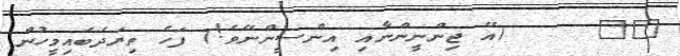
٣٢     (އޭ ޖިންނީންނާއި އިންސީންނޭވެ!) ފަހެ ތިޔަދެބައިމީހުން